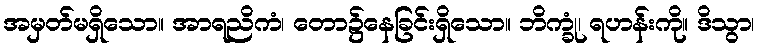
အမှတ်မရှိသော။ အာရညိကံ၊ တော၌နေခြင်းရှိသော။ ဘိက္ခုံ၊ ရဟန်းကို။ ဒိသွာ၊